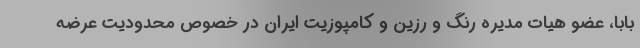
بابا، عضو هیات مدیره رنگ و رزین و کامپوزیت ایران در خصوص محدودیت عرضه